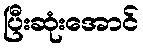
ပြီးဆုံးအောင်